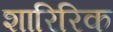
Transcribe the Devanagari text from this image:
शारिरिक